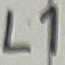
Text: L1